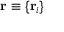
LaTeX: \mathbf { r } \equiv \{ \mathbf { r } _ { i } \}